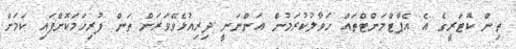
ތިން ކޮޓަރީގެ އެ އެޕާޓްމަންޓްތައް ހަވާލުކުރަމުން އަންނަނީ ދިރިއުޅެވޭވަރަށް ތަން ފުރިހަމަކޮށްފައި ކަމަށް